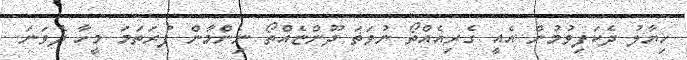
ހިޔާލު ދެކަފިވުމުން އެއީ ގެރިއެއްތޯ ނުވަތަ ދޫންޏެއްތޯ ނިންމާން ފުރަތަމަ މީހާ ދެވަނަ